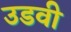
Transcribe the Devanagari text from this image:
उडवी